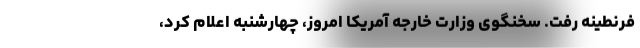
فرنطینه رفت. سخنگوی وزارت خارجه آمریکا امروز، چهارشنبه اعلام کرد،